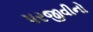
પરજીવીનો